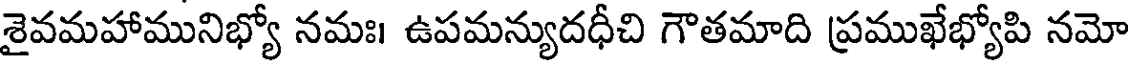
శైవమహామునిభ్యో నమః। ఉపమన్యుదధీచి గౌతమాది ప్రముఖేభ్యోపి నమో